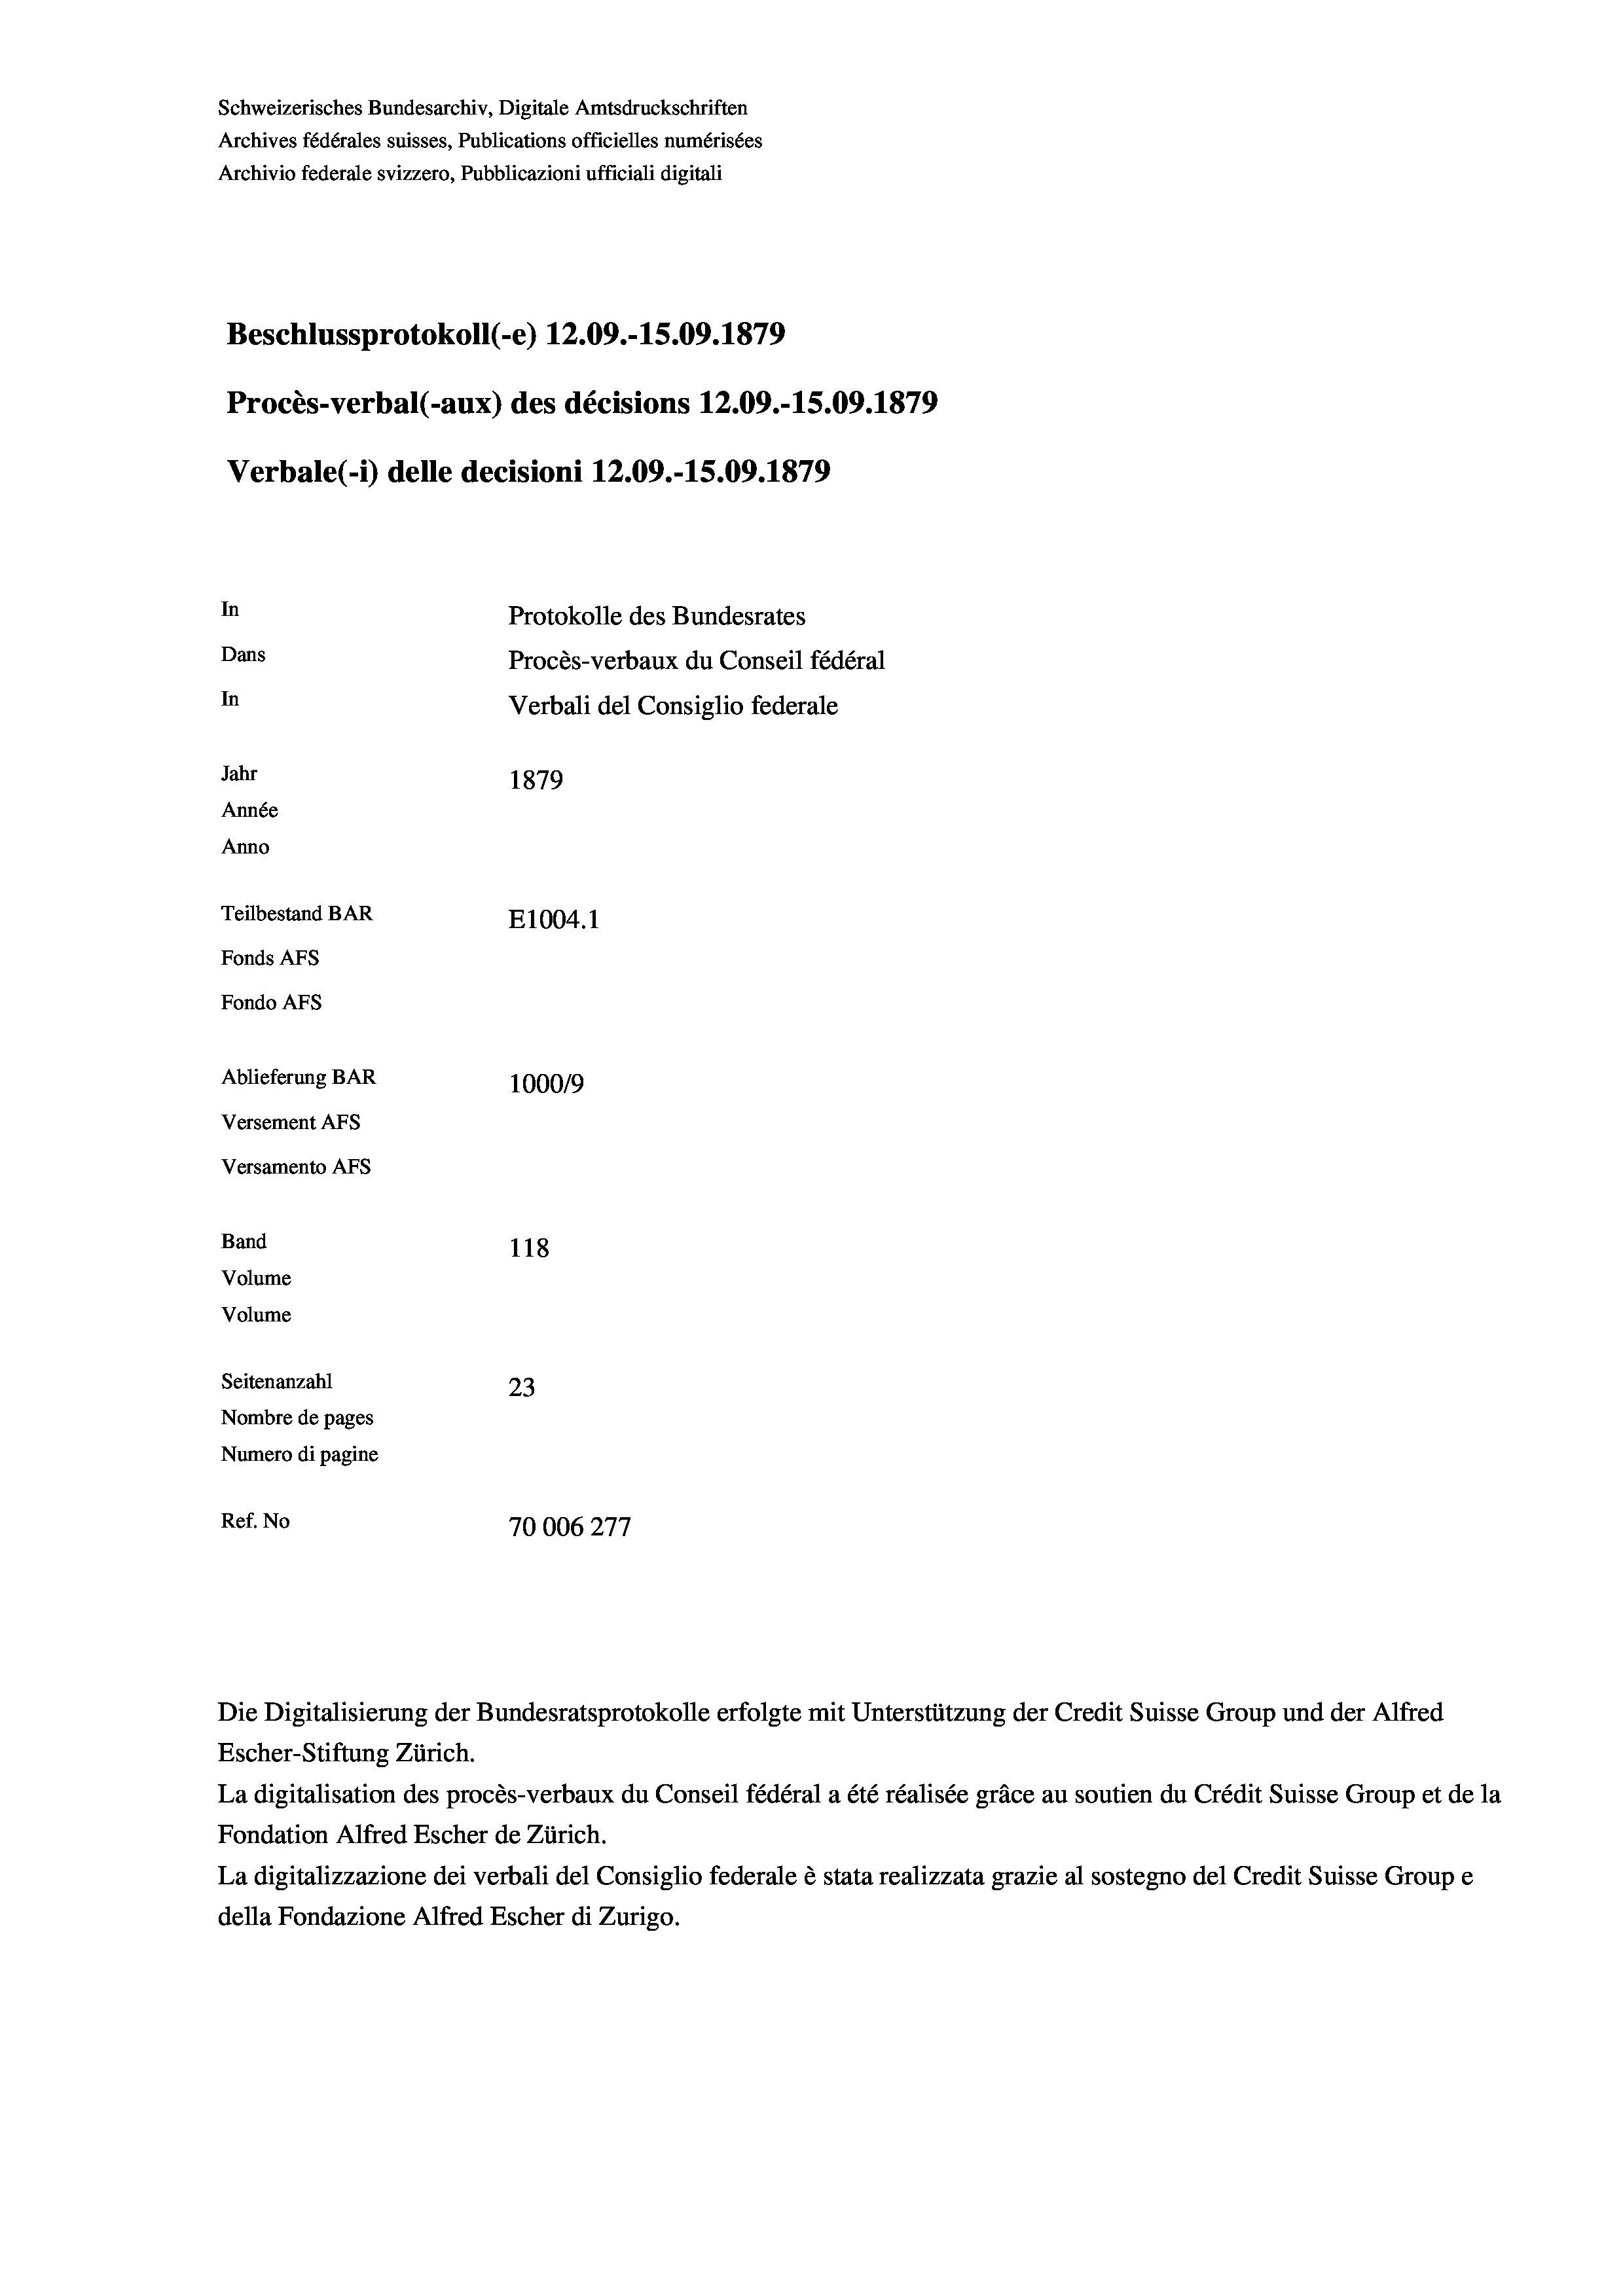
Schweizerisches Bundesarchiv, Digitale Amtsdruckschriften
Archives fédérales suisses, Publications officielles numérisées
Archivio federale svizzero, Pubblicazioni ufficiali digitali
Beschlussprotokoll (-e) 12.09.-15.09. 1879
Procès-verbal (-aux) des décisions 12.09.-15.09. 1879
Verbale (- 1) delle decisioni 12.09.-15.09. 1879
In
Protokolle des Bundesrates
Dans
Procès-verbaux du Conseil fédéral
In
Verbali del Consiglio federale
Jahr
1879
Année
Anno
Teilbestand BAR
E1004. 1
Fonds AFs
Fondo AFs
Ablieferung BAR
100019
Versement AFs
Versamento Afs
Band
118
Volume
Volume

Seitenanzahl
23
Nombre de pages
Numero di pagine
Ref. No
70006277

Die Digitalisierung der Bundesratsprotokolle erfolgte mit Unterstützung der Credit Suisse Group und der Alfred
Escher-Stiftung Zürich.
La digitalisation des procès-verbaux du Conseil fédéral a été réalisée gräce au soutien du Crédit Suisse Group et de la
Fondation Alfred Escher de Zürich.
La digitalizzazione dei verbali del Consiglio federale è stata realizzata grazie al sostegno del Credit Suisse Groupe
della Fondazione Alfred Escher di Zurigo.